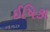
ઈષિકા